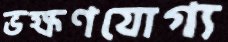
ভক্ষণযোগ্য